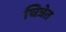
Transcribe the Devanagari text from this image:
चित्रेत